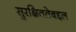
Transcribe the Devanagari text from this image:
सुरक्षिततेबद्दल